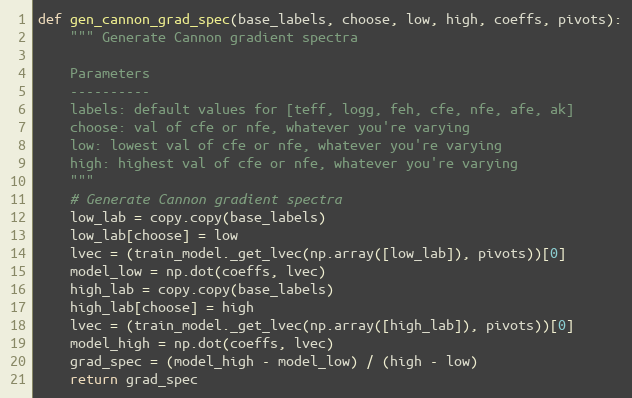
Language: Python
def gen_cannon_grad_spec(base_labels, choose, low, high, coeffs, pivots):
    """ Generate Cannon gradient spectra

    Parameters
    ----------
    labels: default values for [teff, logg, feh, cfe, nfe, afe, ak]
    choose: val of cfe or nfe, whatever you're varying
    low: lowest val of cfe or nfe, whatever you're varying
    high: highest val of cfe or nfe, whatever you're varying
    """
    # Generate Cannon gradient spectra
    low_lab = copy.copy(base_labels)
    low_lab[choose] = low
    lvec = (train_model._get_lvec(np.array([low_lab]), pivots))[0]
    model_low = np.dot(coeffs, lvec)
    high_lab = copy.copy(base_labels)
    high_lab[choose] = high
    lvec = (train_model._get_lvec(np.array([high_lab]), pivots))[0]
    model_high = np.dot(coeffs, lvec)
    grad_spec = (model_high - model_low) / (high - low)
    return grad_spec